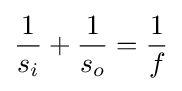
{1 \over s_{i}}+{1 \over s_{o}}={1 \over f}